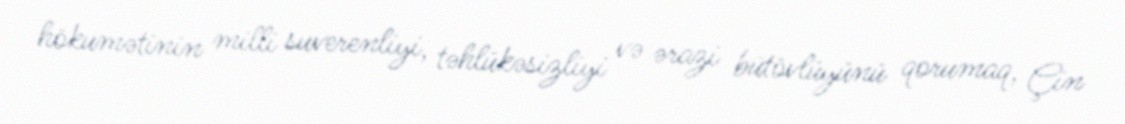
hökumətinin milli suverenliyi, təhlükəsizliyi və ərazi bütövlüyünü qorumaq, Çin